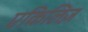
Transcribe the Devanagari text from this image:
एकिलिज़